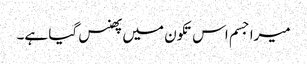
میرا جسم اس تکون میں پھنس گیا ہے۔